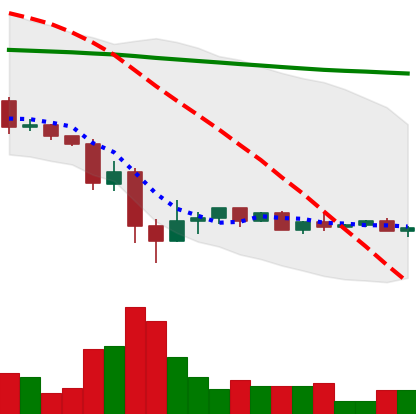
Ticker: XRP-USD
Chart end date: 2022-05-24
Forward return: -4.819%
Label: down_3_5